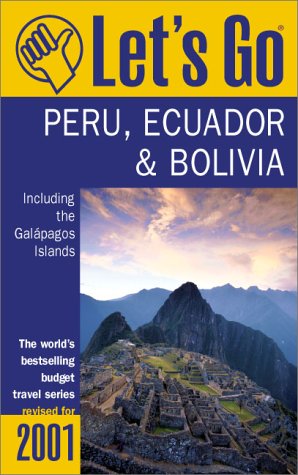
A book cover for Let's Go 2001: Peru Bolivia, and Ecuador Including the Galapagos: The World's Bestselling Budget Travel Series; Let's Go Inc.; Travel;